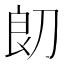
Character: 㓪